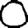
Digit: 0